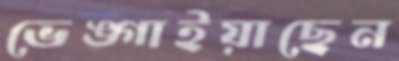
ভেঙ্গাইয়াছেন